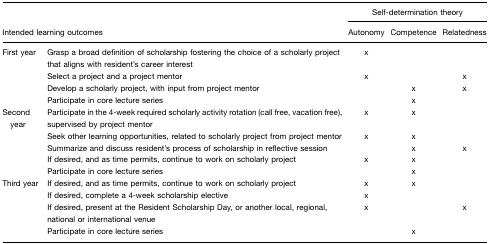
| <COLSPAN=2>  | <COLSPAN=3> Self-determination theory |
 | <COLSPAN=2> Intended learning outcomes | Autonomy | Competence | Relatedness |
 | --- | --- | --- | --- | --- |
 | First year | Grasp a broad definition of scholarship fostering the choice of a scholarly project that aligns with resident's career interest | x |  |  |
 |  | Select a project and a project mentor | x |  | x |
 |  | Develop a scholarly project, with input from project mentor |  | x | x |
 |  | Participate in core lecture series |  | x |  |
 | Second year | Participate in the 4-week required scholarly activity rotation (call free, vacation free), supervised by project mentor | x | x |  |
 |  | Seek other learning opportunities, related to scholarly project from project mentor | x | x |  |
 |  | Summarize and discuss resident's process of scholarship in reflective session |  | x | x |
 |  | If desired, and as time permits, continue to work on scholarly project | x | x |  |
 |  | Participate in core lecture series |  | x |  |
 | Third year | If desired, and as time permits, continue to work on scholarly project | x | x |  |
 |  | If desired, complete a 4-week scholarship elective | x |  |  |
 |  | If desired, present at the Resident Scholarship Day, or another local, regional, national or international venue | x |  | x |
 |  | Participate in core lecture series |  | x |  |